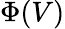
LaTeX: \Phi(V)